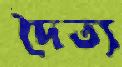
দৈত্য